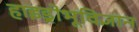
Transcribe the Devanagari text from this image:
हाइड्रोभूविज्ञान